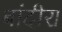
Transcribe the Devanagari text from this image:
बांदीरा